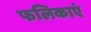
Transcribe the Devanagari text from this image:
फलिकाएं